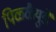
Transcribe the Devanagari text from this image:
पिळ्ळैयुडे